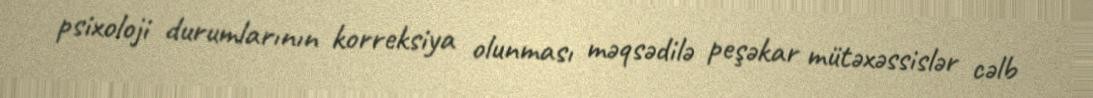
psixoloji durumlarının korreksiya olunması məqsədilə peşəkar mütəxəssislər cəlb